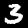
Label: 3